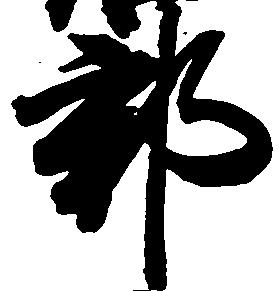
郡